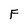
Character: F